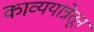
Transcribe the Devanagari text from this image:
काव्ययात्रेतून